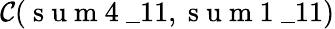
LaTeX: \mathcal{C}(\mathrm{~s~u~m~4~}\_ {11},\mathrm{~s~u~m~1~}\_ {11})